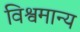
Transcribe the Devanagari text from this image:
विश्वमान्य